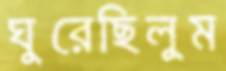
ঘুরেছিলুম